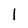
Character: 1